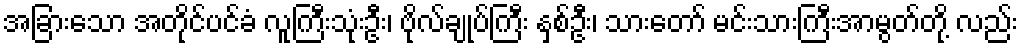
အခြားသော အတိုင်ပင်ခံ လူကြီးသုံးဦး၊ ဗိုလ်ချုပ်ကြီး နှစ်ဦး၊ သားတော် မင်းသားကြီးအာမွတ်တို့ လည်း